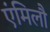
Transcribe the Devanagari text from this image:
एंमिलौ